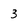
Character: 3